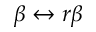
\beta \leftrightarrow r \beta